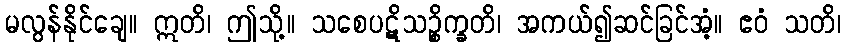
မလွန်နိုင်ချေ။ ဣတိ၊ ဤသို့။ သစေပဋိသဉ္စိက္ခတိ၊ အကယ်၍ဆင်ခြင်အံ့။ ဧဝံ သတိ၊